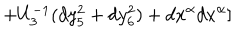
+ U _ { 3 } ^ { - 1 } ( d y _ { 5 } ^ { 2 } + d y _ { 6 } ^ { 2 } ) + d x ^ { \alpha } d x ^ { \alpha } ]